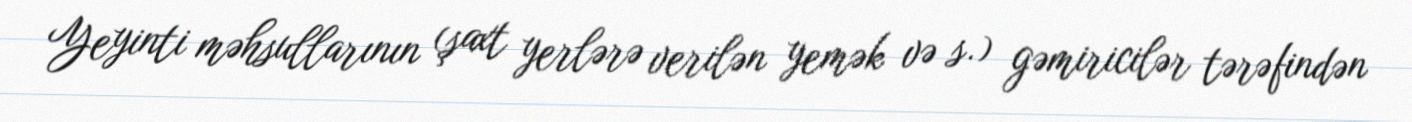
Yeyinti məhsullarının (şaxt yerlərə verilən yemək və s.) gəmiricilər tərəfindən